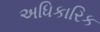
અધિકારિક